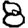
Digit: 8